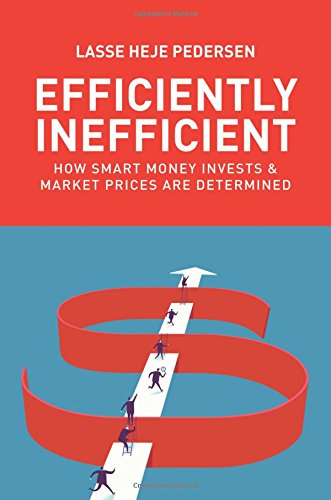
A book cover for Efficiently Inefficient: How Smart Money Invests and Market Prices Are Determined; Lasse Heje Pedersen; Business & Money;